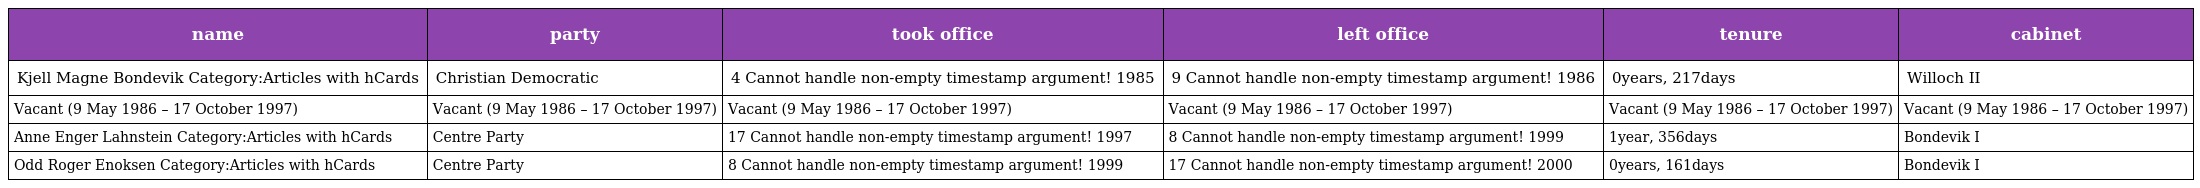
| name | party | took office | left office | tenure | cabinet |
 | --- | --- | --- | --- | --- | --- |
 | Kjell Magne Bondevik Category:Articles with hCards | Christian Democratic | 4 Cannot handle non-empty timestamp argument! 1985 | 9 Cannot handle non-empty timestamp argument! 1986 | 0years, 217days | Willoch II |
 | Vacant (9 May 1986 – 17 October 1997) | Vacant (9 May 1986 – 17 October 1997) | Vacant (9 May 1986 – 17 October 1997) | Vacant (9 May 1986 – 17 October 1997) | Vacant (9 May 1986 – 17 October 1997) | Vacant (9 May 1986 – 17 October 1997) |
 | Anne Enger Lahnstein Category:Articles with hCards | Centre Party | 17 Cannot handle non-empty timestamp argument! 1997 | 8 Cannot handle non-empty timestamp argument! 1999 | 1year, 356days | Bondevik I |
 | Odd Roger Enoksen Category:Articles with hCards | Centre Party | 8 Cannot handle non-empty timestamp argument! 1999 | 17 Cannot handle non-empty timestamp argument! 2000 | 0years, 161days | Bondevik I |